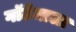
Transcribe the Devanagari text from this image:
गॉटेमाला